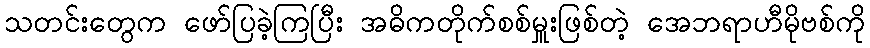
သတင်းတွေက ဖော်ပြခဲ့ကြပြီး အဓိကတိုက်စစ်မှူးဖြစ်တဲ့ အေဘရာဟီမိုဗစ်ကို